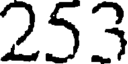
253